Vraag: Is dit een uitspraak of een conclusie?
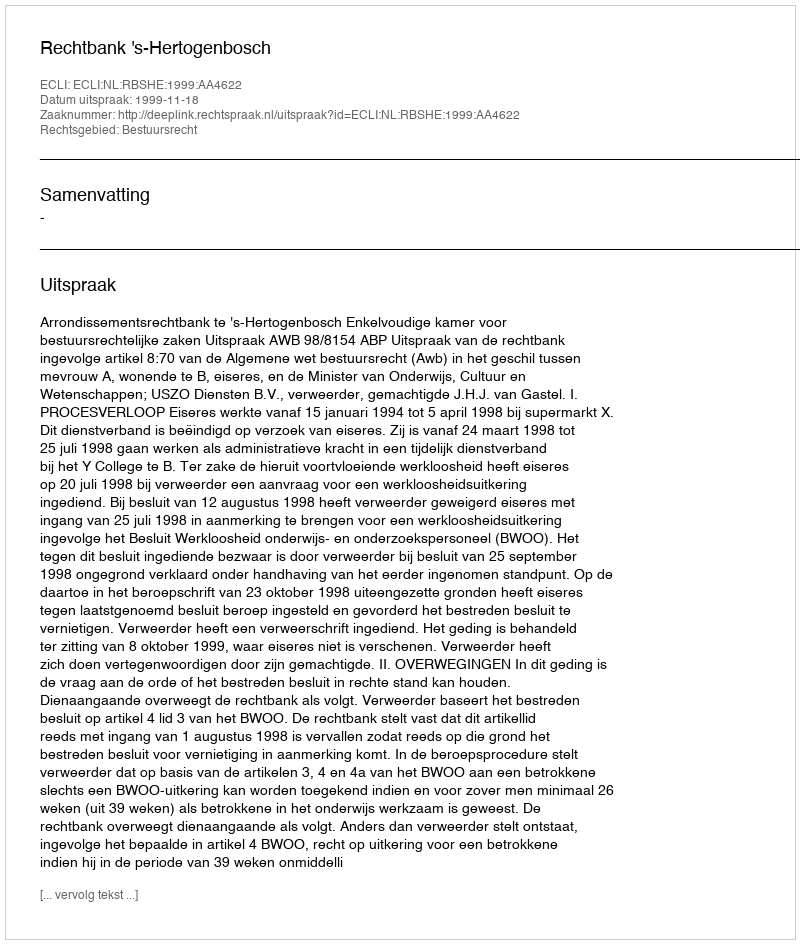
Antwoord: Uitspraak